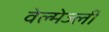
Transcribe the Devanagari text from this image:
वेल्मेज्ली